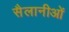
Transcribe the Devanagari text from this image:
सैलानीओं